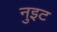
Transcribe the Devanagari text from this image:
नुइट